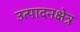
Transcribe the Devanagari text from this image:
उत्पादनक्षेत्र